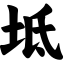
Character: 坻